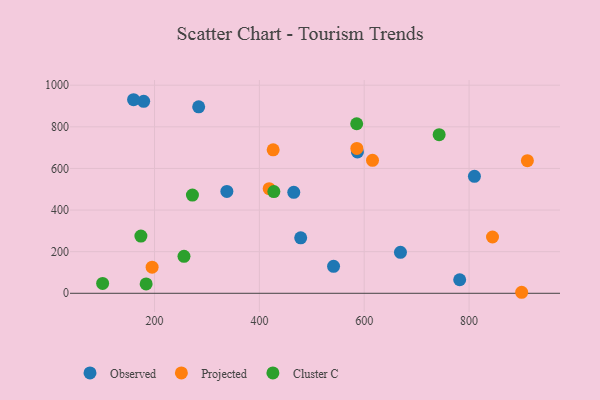
{"axis": {"x": "Ad Spend", "y": "Exam Score"}, "legend": ["Cluster C", "Observed", "Projected"], "data": [{"x": "669.1", "y": 196.9, "type": "Observed"}, {"x": "478.8", "y": 266.8, "type": "Observed"}, {"x": "465.6", "y": 485.4, "type": "Observed"}, {"x": "338.0", "y": 489.6, "type": "Observed"}, {"x": "810.2", "y": 562.3, "type": "Observed"}, {"x": "587.1", "y": 679.5, "type": "Observed"}, {"x": "179.3", "y": 922.6, "type": "Observed"}, {"x": "284.2", "y": 896.1, "type": "Observed"}, {"x": "782.1", "y": 65.1, "type": "Observed"}, {"x": "160.0", "y": 930.3, "type": "Observed"}, {"x": "541.5", "y": 129.5, "type": "Observed"}, {"x": "426.3", "y": 689.3, "type": "Projected"}, {"x": "615.8", "y": 639.2, "type": "Projected"}, {"x": "195.4", "y": 125.5, "type": "Projected"}, {"x": "900.3", "y": 4.9, "type": "Projected"}, {"x": "911.2", "y": 637.3, "type": "Projected"}, {"x": "585.9", "y": 696.4, "type": "Projected"}, {"x": "418.7", "y": 502.6, "type": "Projected"}, {"x": "844.7", "y": 270.6, "type": "Projected"}, {"x": "585.6", "y": 814.9, "type": "Cluster C"}, {"x": "272.3", "y": 472.0, "type": "Cluster C"}, {"x": "174.0", "y": 274.8, "type": "Cluster C"}, {"x": "184.0", "y": 44.9, "type": "Cluster C"}, {"x": "427.6", "y": 488.7, "type": "Cluster C"}, {"x": "101.0", "y": 47.3, "type": "Cluster C"}, {"x": "742.9", "y": 762.4, "type": "Cluster C"}, {"x": "256.2", "y": 177.9, "type": "Cluster C"}]}